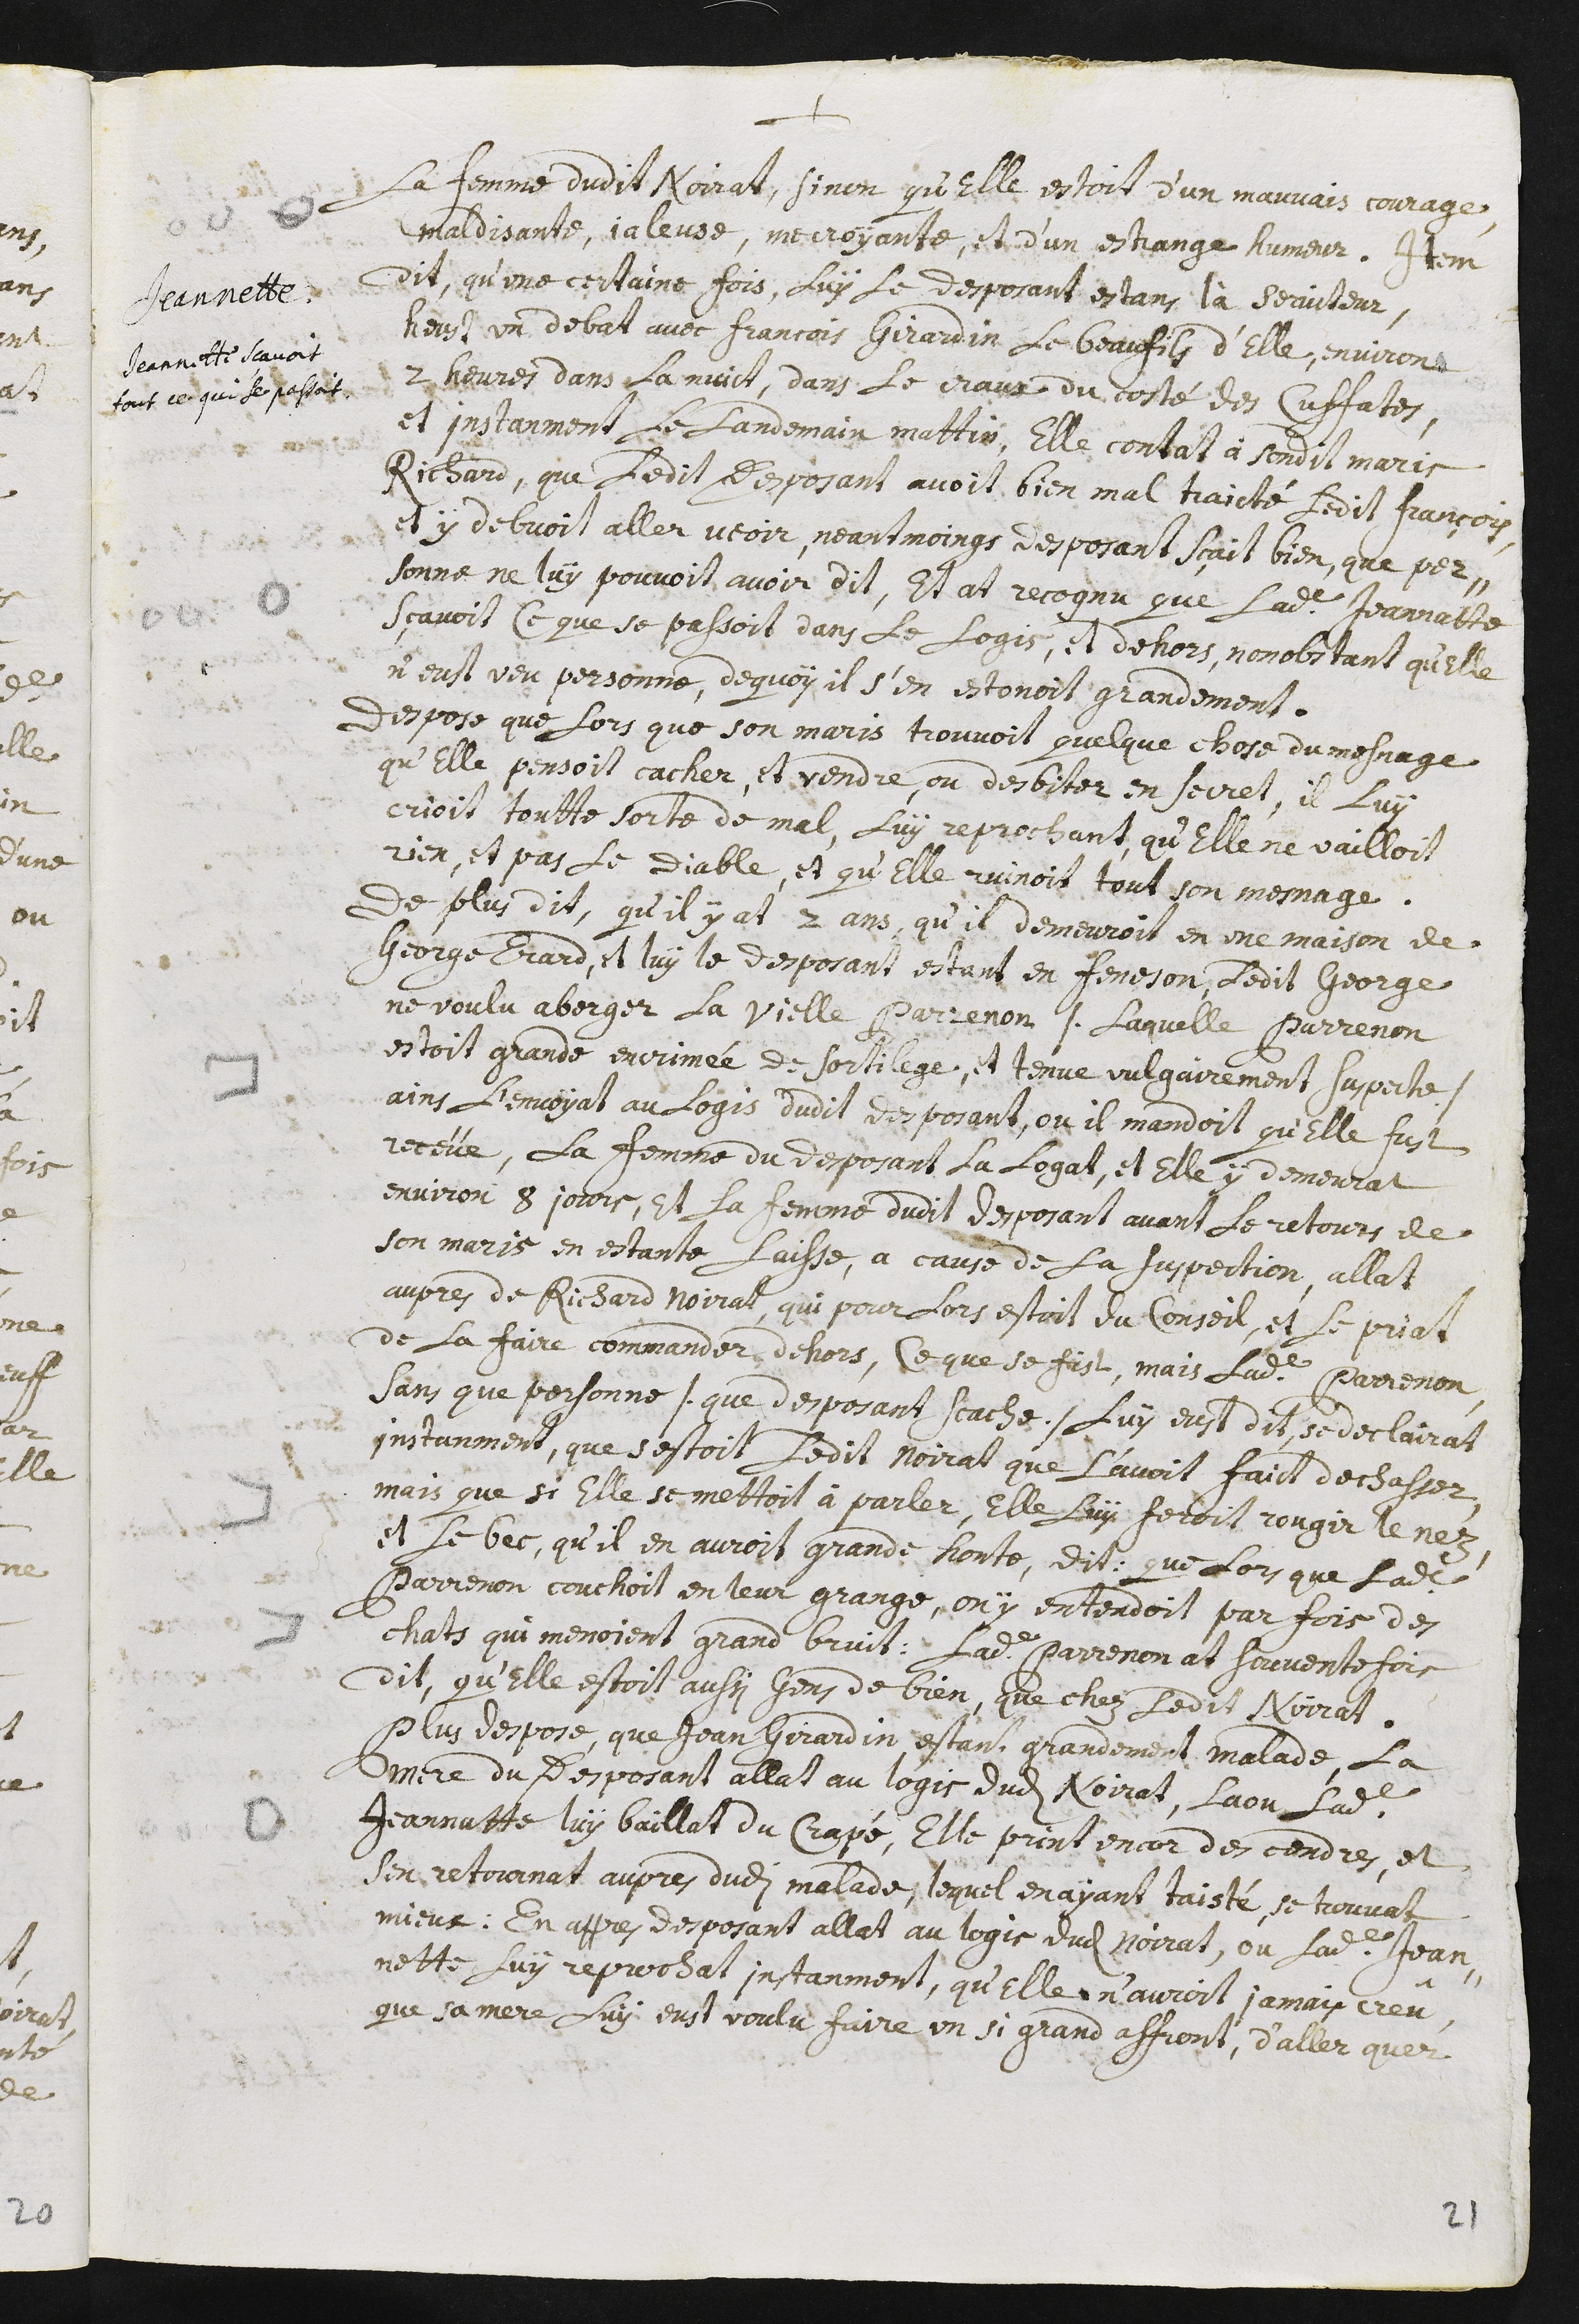
+
le femme dudit Noirat, sinon qu’elle estoit d’un mauvais courage,
maldisante, jaleuse, mecroyante, et d’un estrange humeur.
Jeannette.
Jeannette sçavoit
tout ce qui se passoit.
Item
dit, qu’une certaine fois, luy le desposant estans là serviteur,
heust un debat avec Francois Girardin le beaufils d’elle, environs
2 heures dans la nuict, dans le Craux du costé des Cuffates.
Et instanment le landemain mattin, elle contait à sondit maris
Richard, que ledit desposant avoit bien mal traicté ledit François,
et y debvoit aller veoir, neantmoings desposant sçait bien, que per-
sonne ne luy pouvoit avoit dit, et at recognu que ladite Jeannatte
sçavoit ce que se passoit dans le logis, et dehors, nonobstant qu’elle
n’eust veu personne, de quoy il s’en estonoit grandement.
Despose que lors que son maris trouvoit quelque chose du mesnage
qu’elle pensoit cacher, et vendre, ou desbiter en secret, il luy
crioit toutte sorte de mal, luy reprochant, qu’elle ne vailloit
rien, et pas le Diable, et qu’elle ruinoit tout son mesnage.
De plus dit, qu’il y at 2 ans, qu’il demeuroit en une maison de
George Erard, et luy le desposant estant en feneson468, ledit George
ne voulu aberger la vielle Parrenon /. laquelle Parrenon
estoit grande encrimée de sortilege, et tenue vulgairement suspecte ./
Ains l’envoyat au logis dudit desposant, ou il mandoit qu’elle fust
receüe. La femme du desposant la logat, et elle y demeurat
environ 8 jours, et la femme dudit desposant avant le retour de
son maris en estante laisse, a cause de la suspection, allat
aupres de Richard Noirat, qui pour lors estoit du conseil, et le priat
de la faire commander dehors, ce que se fist. Mais ladite Parrenon,
sans que personne /. que desposant scache ./ luy eust dit, se declairat
instanment, que s’estoit ledit Noirat que l’avoit faict dechasser
mais que si elle se mettoit à parler, elle luy feroit rougir le nez,
et le bec, qu’il en auroit grande honte. Dit que lors que ladite
Parrenon couchoit en leur grange, on y entendoit par fois des
chats qui menoient grand bruit. Ladite Parrenon at souventefois
dit, qu’elle estoit aussi gens de bien, que chez ledit Noirat.
Plus despose, que Jean Gerardin estant grandement malade, la
mere du desposant allat au logis dudit Noirat, la ou ladite
Jeannatte luy baillat du crapé, elle print encor des cendres, et
s’en retournat aupres dudi malade, lequel en ayant taisté, se trouvat
mieux. En appres desposant allat au logis dudit Noirat, ou ladite Jean-
nette luy reprochat instanment, qu’elle n’auroit jamais creû,
que sa mere luy eust voulu faire un si grand affront, d’aller quer